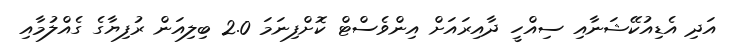
އަދި އެޑިއުކޭޝަނާއި ސިއްހީ ދާއިރައަށް އިންވެސްޓް ކޮށްފިނަމަ 2.0 ބިލިއަން ރުފިޔާގެ ގެއްލުމާއި